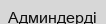
Админдерді